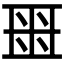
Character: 𬻟